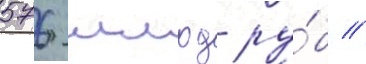
576 млрд ру́б //